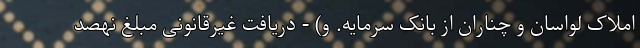
املاک لواسان و چناران از بانک سرمایه. و) - دریافت غیرقانونی مبلغ نهصد